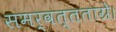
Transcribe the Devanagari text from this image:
समर्वत्तताग्रे।